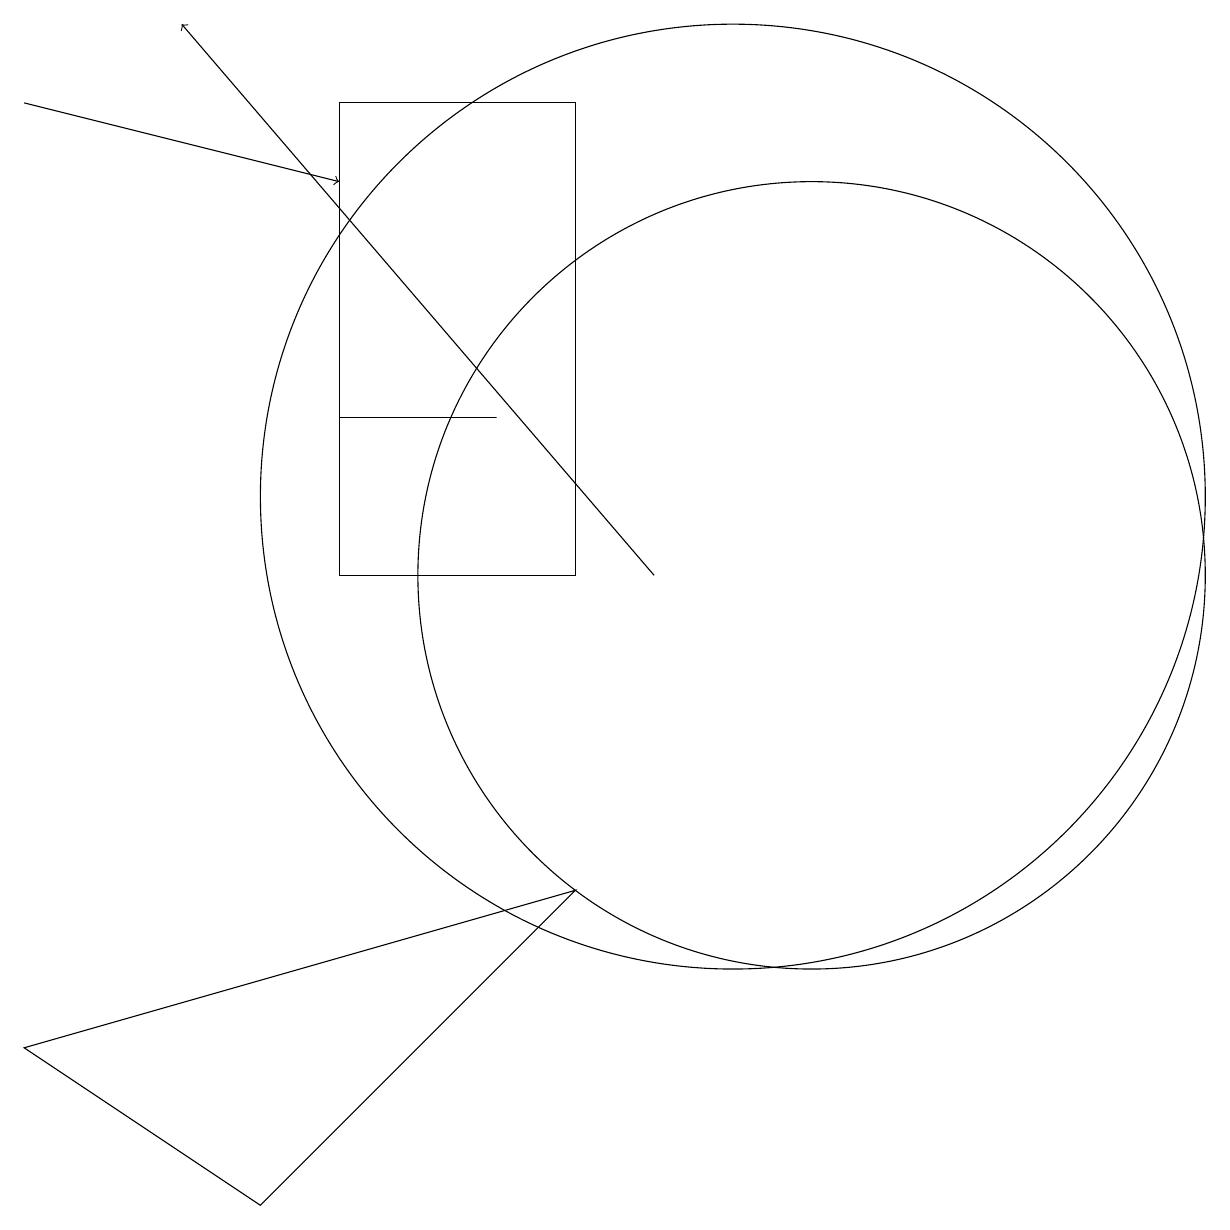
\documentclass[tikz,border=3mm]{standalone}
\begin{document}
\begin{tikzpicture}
\draw (5,12) rectangle (7,12);
\draw (10,11) circle (6);
\draw (11,10) circle (5);
\draw (2,12) rectangle (2,12);
\draw (8,6) -- (1,4) -- (4,2) -- cycle;
\draw[->] (9,10) -- (3,17);
\draw[->] (1,16) -- (5,15);
\draw (5,10) rectangle (8,16);
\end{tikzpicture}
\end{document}